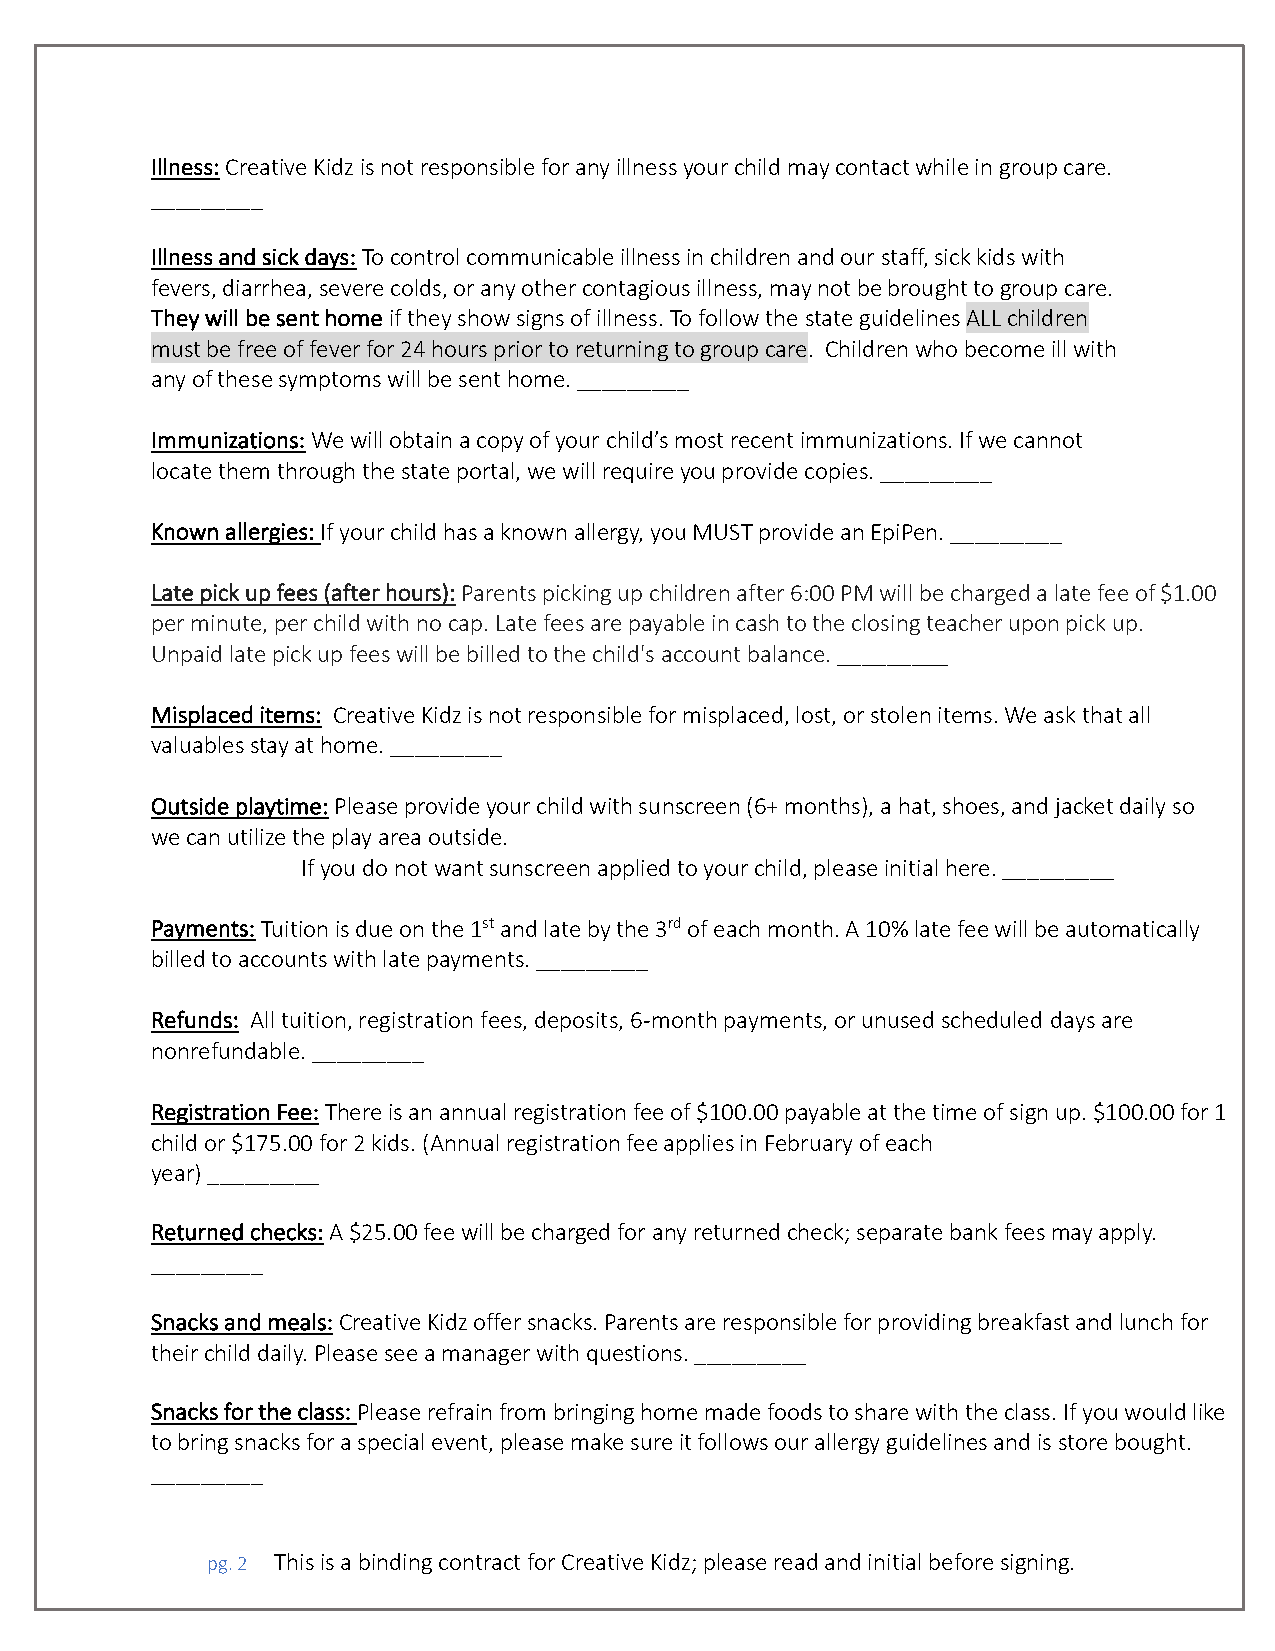
Illness: Creative Kidz is not responsible for any illness your child may contact while in group care.
 _________
 Illness and sick days: To control communicable illness in children and our staff, sick kids with
 fevers, diarrhea, severe colds, or any other contagious illness, may not be brought to group care.
 They will be sent home if they show signs of illness. To follow the state guidelines ALL children
 must be free of fever for 24 hours prior to returning to group care. Children who become ill with
 any of these symptoms will be sent home. _________
 Immunizations: We will obtain a copy of your child’s most recent immunizations. If we cannot
 locate them through the state portal, we will require you provide copies. _________
 Known allergies: If your child has a known allergy, you MUST provide an EpiPen. _________
 Late pick up fees (after hours): Parents picking up children after 6:00 PM will be charged a late fee of $1.00
 per minute, per child with no cap. Late fees are payable in cash to the closing teacher upon pick up.
 Unpaid late pick up fees will be billed to the child's account balance. _________
 Misplaced items: Creative Kidz is not responsible for misplaced, lost, or stolen items. We ask that all
 valuables stay at home. _________
 Outside playtime: Please provide your child with sunscreen (6+ months), a hat, shoes, and jacket daily so
 we can utilize the play area outside.
 If you do not want sunscreen applied to your child, please initial here. _________
 Payments: Tuition is due on the 1st and late by the 3rd of each month. A 10% late fee will be automatically
 billed to accounts with late payments. _________
 Refunds: All tuition, registration fees, deposits, 6-month payments, or unused scheduled days are
 nonrefundable. _________
 Registration Fee: There is an annual registration fee of $100.00 payable at the time of sign up. $100.00 for 1
 child or $175.00 for 2 kids. (Annual registration fee applies in February of each
 year) _________
 Returned checks: A $25.00 fee will be charged for any returned check; separate bank fees may apply.
 _________
 Snacks and meals: Creative Kidz offer snacks. Parents are responsible for providing breakfast and lunch for
 their child daily. Please see a manager with questions. _________
 Snacks for the class: Please refrain from bringing home made foods to share with the class. If you would like
 to bring snacks for a special event, please make sure it follows our allergy guidelines and is store bought.
 _________
 pg. 2 This is a binding contract for Creative Kidz; please read and initial before signing.